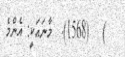
)   (1568).  މާނައަކީ: އެންމެ